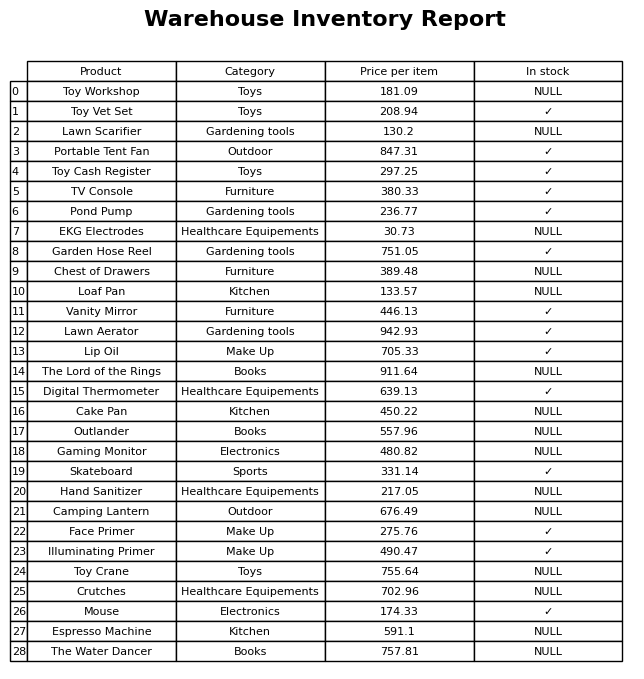
question: What is the price for Portable Tent Fan?
answer: The price of Portable Tent Fan is 847.31.